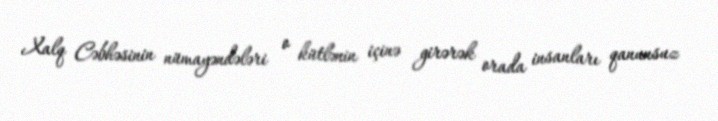
Xalq Cəbhəsinin nümayəndələri o kütlənin içinə girərək orada insanları qanunsuz